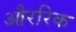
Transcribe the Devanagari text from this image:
औररिक